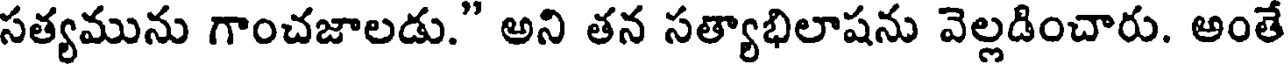
సత్యమును గాంచజాలడు." అని తన సత్యాభిలాషను వెల్లడించారు. అంతే